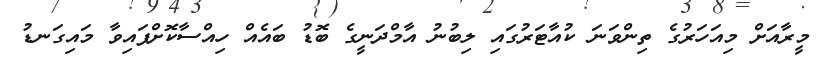
މީރާއަށް މިއަހަރުގެ ތިންވަނަ ކުއާޓަރުގައި ލިބުނު އާމްދަނީގެ ބޮޑު ބައެއް ހިއްސާކޮށްފައިވާ މައިގަނޑު